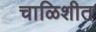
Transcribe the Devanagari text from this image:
चाळिशीत